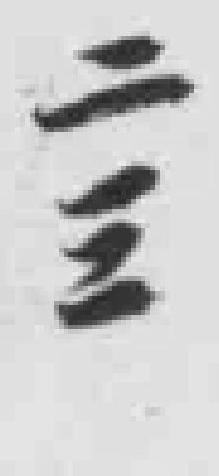
二三